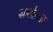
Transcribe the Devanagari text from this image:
सखीला